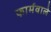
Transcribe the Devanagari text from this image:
फार्मवाले